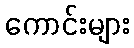
ကောင်းများ